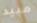
مبيد